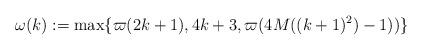
LaTeX: \begin{align*}\omega(k):=\max\{\varpi(2k+1),4k+3,\varpi(4M((k+1)^2)-1))\}\end{align*}